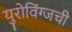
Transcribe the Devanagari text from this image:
युरोविंग्जची